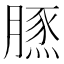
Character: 𦟙